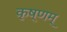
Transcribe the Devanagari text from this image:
कृष्णम्